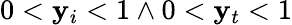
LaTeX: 0<\mathbf{y}_{i}<1\land0<\mathbf{y}_{t}<1